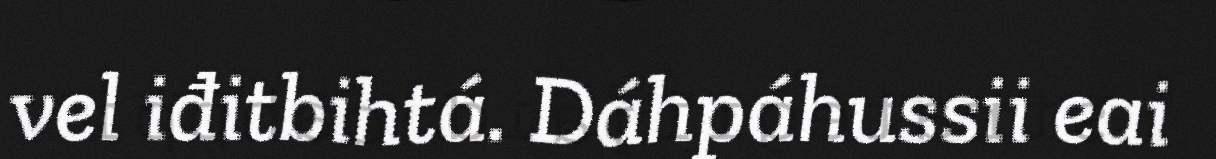
vel iđitbihtá. Dáhpáhussii eai